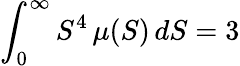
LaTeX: \int_{0}^{\infty}S^{4}\, \mu(S)\, dS=3